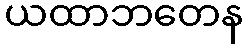
ယထာဘတေန